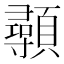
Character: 䫮